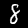
Label: 8